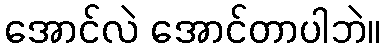
အောင်လဲ အောင်တာပါဘဲ။